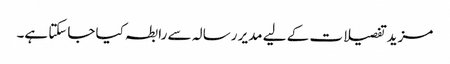
مزید تفصیلات کے لیے مدیر رسالہ سے رابطہ کیا جاسکتا ہے۔